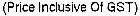
(PRICE INCLUSIVE OF GST)